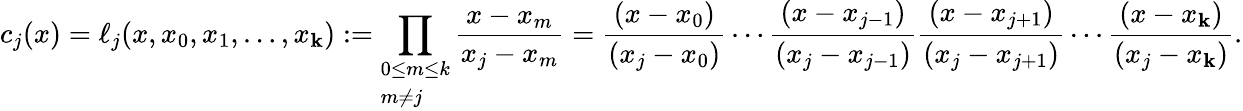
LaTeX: c_{j}(x)=\ell_{j}(x,x_{0},x_{1},\ldots,x_{\mathbf{k}}):=\prod_{\begin{array}{l}{0\leq m\leq k}\\ {m\neq j}\end{array}}{\frac{{x-x_{m}}}{{x_{j}-x_{m}}}}={\frac{{(x-x_{0})}}{{(x_{j}-x_{0})}}}\cdots{\frac{{(x-x_{j-1})}}{{(x_{j}-x_{j-1})}}}{\frac{{(x-x_{j+1})}}{{(x_{j}-x_{j+1})}}}\cdots{\frac{{(x-x_{\mathbf{k}})}}{{(x_{j}-x_{\mathbf{k}})}}}.